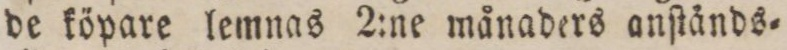
de köpare lemnas 2:ne månaders anſtånds=